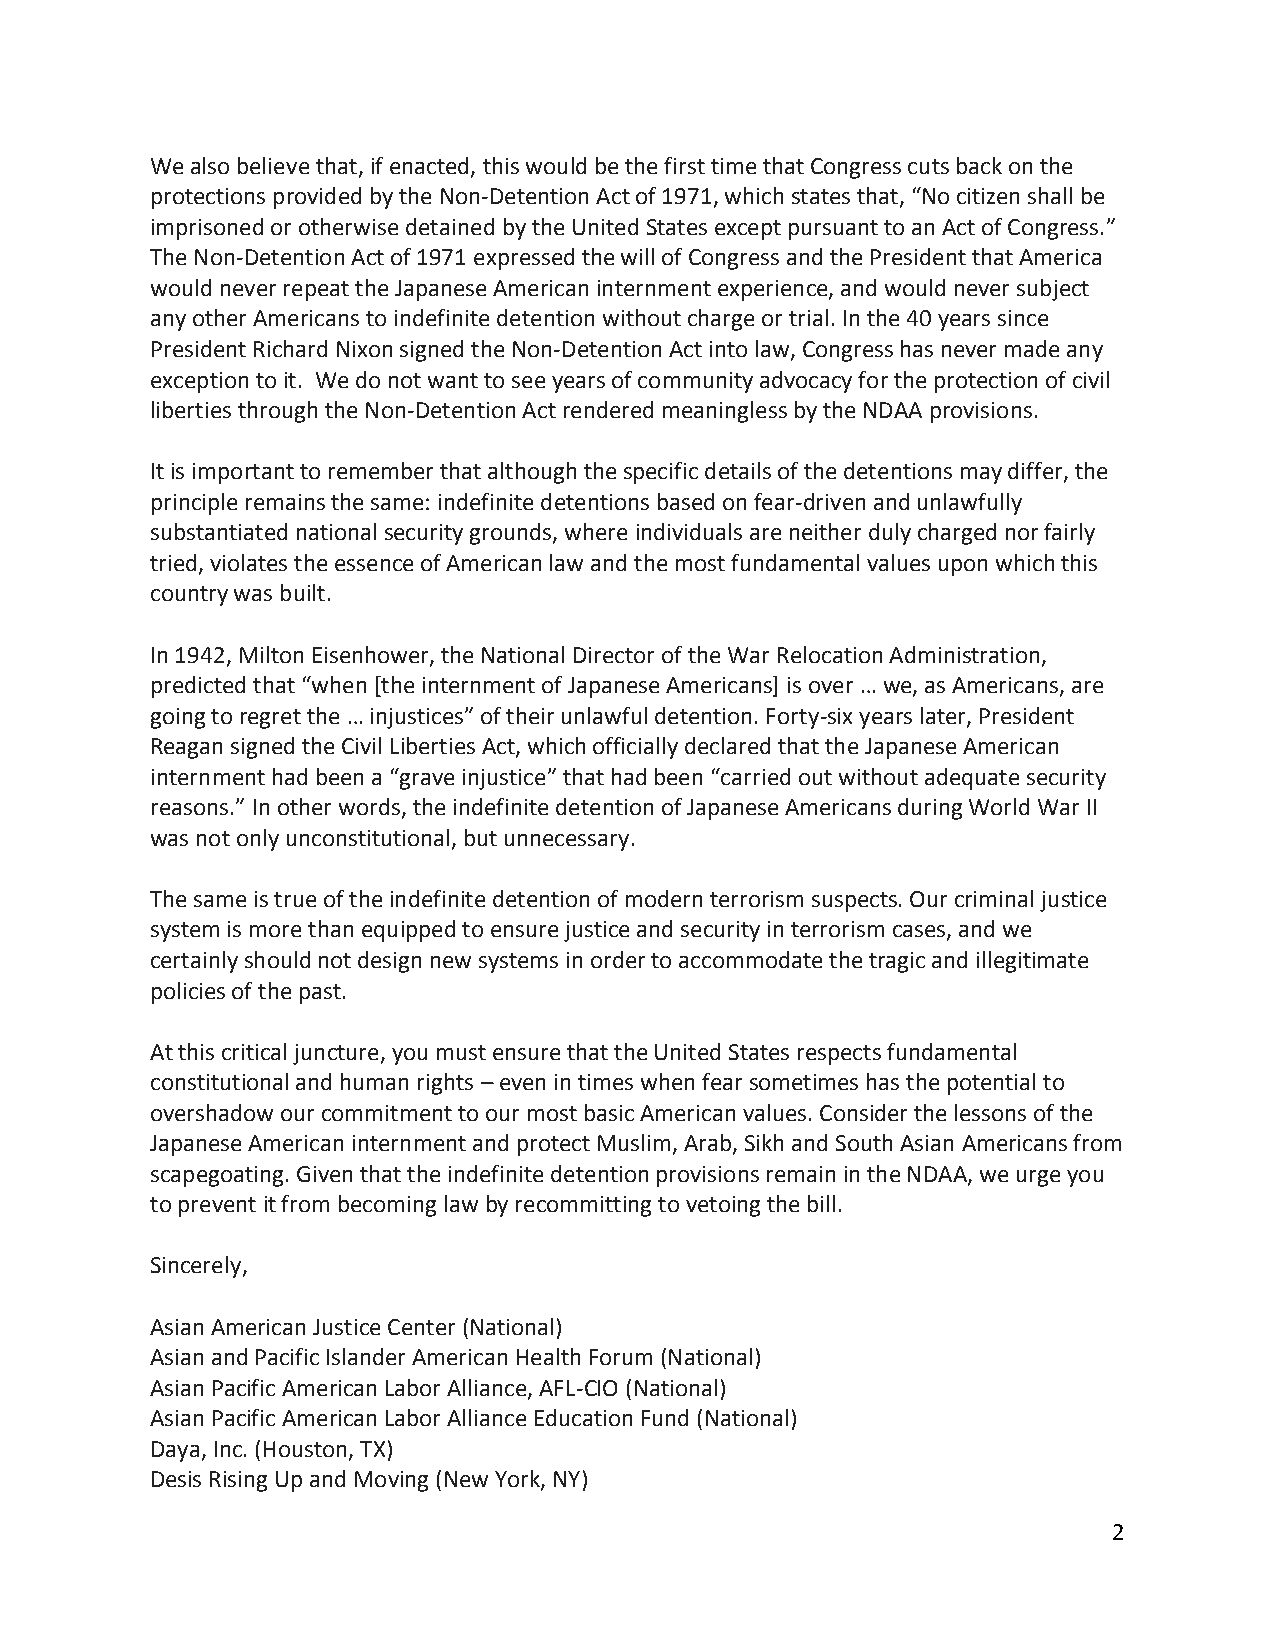
We also believe that, if enacted, this would be the first time that Congress cuts back on the
 protections provided by the Non-Detention Act of 1971, which states that, “No citizen shall be
 imprisoned or otherwise detained by the United States except pursuant to an Act of Congress.”
 The Non-Detention Act of 1971 expressed the will of Congress and the President that America
 would never repeat the Japanese American internment experience, and would never subject
 any other Americans to indefinite detention without charge or trial. In the 40 years since
 President Richard Nixon signed the Non-Detention Act into law, Congress has never made any
 exception to it. We do not want to see years of community advocacy for the protection of civil
 liberties through the Non-Detention Act rendered meaningless by the NDAA provisions.
 It is important to remember that although the specific details of the detentions may differ, the
 principle remains the same: indefinite detentions based on fear-driven and unlawfully
 substantiated national security grounds, where individuals are neither duly charged nor fairly
 tried, violates the essence of American law and the most fundamental values upon which this
 country was built.
 In 1942, Milton Eisenhower, the National Director of the War Relocation Administration,
 predicted that “when [the internment of Japanese Americans] is over … we, as Americans, are
 going to regret the … injustices” of their unlawful detention. Forty-six years later, President
 Reagan signed the Civil Liberties Act, which officially declared that the Japanese American
 internment had been a “grave injustice” that had been “carried out without adequate security
 reasons.” In other words, the indefinite detention of Japanese Americans during World War II
 was not only unconstitutional, but unnecessary.
 The same is true of the indefinite detention of modern terrorism suspects. Our criminal justice
 system is more than equipped to ensure justice and security in terrorism cases, and we
 certainly should not design new systems in order to accommodate the tragic and illegitimate
 policies of the past.
 At this critical juncture, you must ensure that the United States respects fundamental
 constitutional and human rights – even in times when fear sometimes has the potential to
 overshadow our commitment to our most basic American values. Consider the lessons of the
 Japanese American internment and protect Muslim, Arab, Sikh and South Asian Americans from
 scapegoating. Given that the indefinite detention provisions remain in the NDAA, we urge you
 to prevent it from becoming law by recommitting to vetoing the bill.
 Sincerely,
 Asian American Justice Center (National)
 Asian and Pacific Islander American Health Forum (National)
 Asian Pacific American Labor Alliance, AFL-CIO (National)
 Asian Pacific American Labor Alliance Education Fund (National)
 Daya, Inc. (Houston, TX)
 Desis Rising Up and Moving (New York, NY)
 2